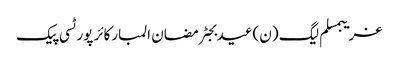
غریبمسلم لیگ (ن)عیدبجٹرمضان المبارکائر پورٹسی پیک